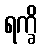
ရက္ခိ